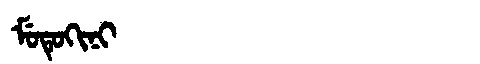
Manchu: ᠮᡠᡨᡠᡴᡳᠨᡳ
Romanization: MUTUKINI